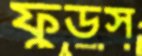
ফুডস